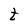
Character: t